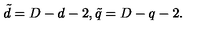
\tilde { d } = D - d - 2 , \tilde { q } = D - q - 2 .